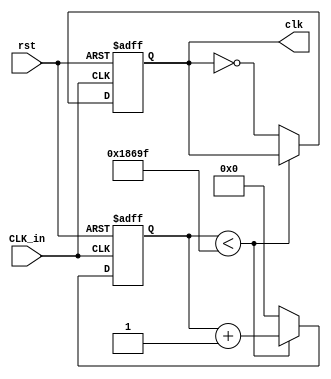
`timescale 1ns / 1ps
//////////////////////////////////////////////////////////////////////////////////
// Company: 
// Engineer: 
// 
// Design Name: 
// Module Name: time_ruducer
// Project Name: 
// Target Devices: 
// Tool Versions: 
// Description: 
// 
// Dependencies: 
// 
// Revision:
// Revision 0.01 - File Created
// Additional Comments:
// 
//////////////////////////////////////////////////////////////////////////////////

//
module time_ruducer(CLK_in,rst,clk);
    input CLK_in;
    input rst;
    output reg clk;
    reg [20:0] count;
    always@(posedge CLK_in or posedge rst) begin
        if (rst==1) begin
        clk<=0;
        count<=0;
        end
        else begin
            if (count<99999)
                count<=count+1;
            else begin
                count<=0;
                clk<=~clk;
            end
        end
    end
endmodule